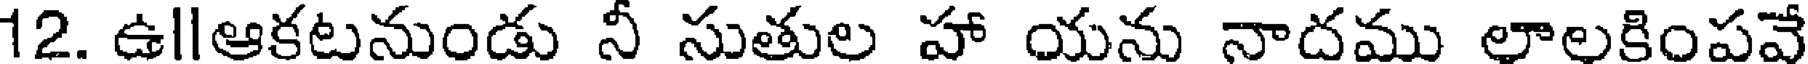
12. ఉllఆకటనుండు నీ సుతుల హా యను నాదము లాలకింపవే